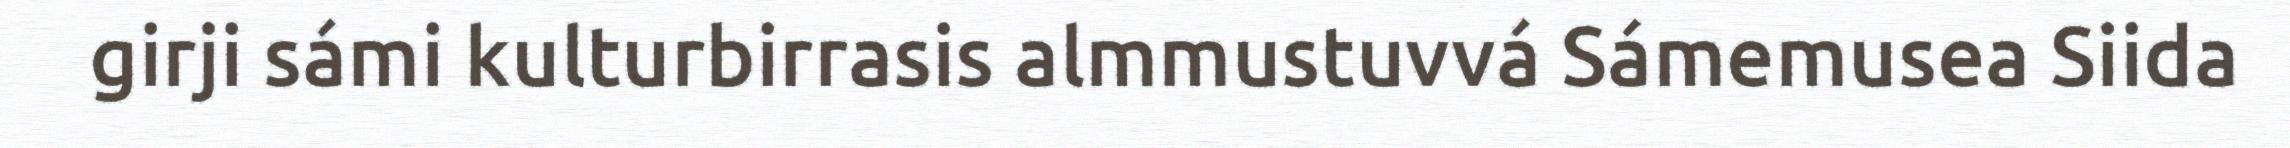
girji sámi kulturbirrasis almmustuvvá Sámemusea Siida